Statistical return of the lunatic asylum in Assam - 1912-1932
Year: 1912
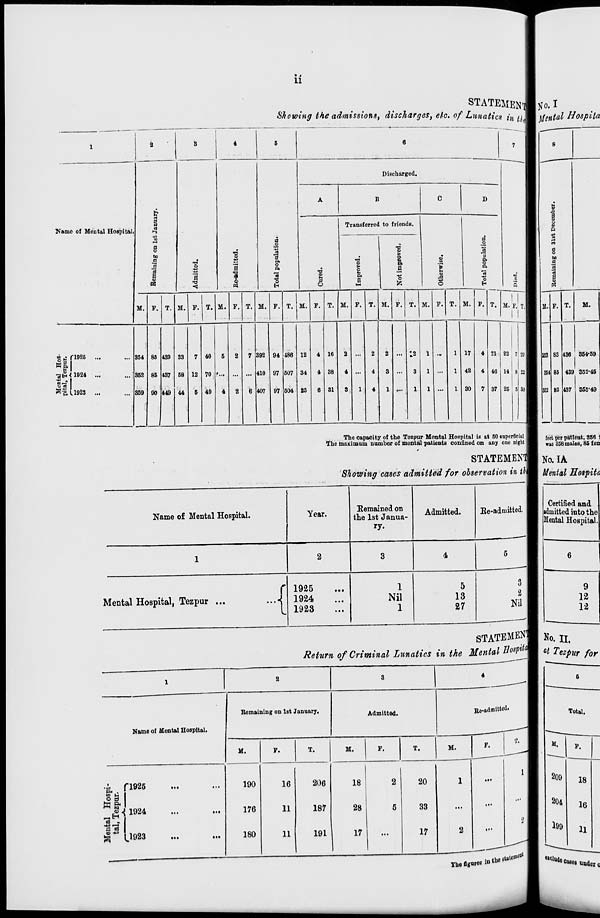
ii
STATEMENT
Showing the admissions, discharges, etc. of Lunatics fa n]
1
- — —
1
2
8
4
5
6
7
Discharged.
A
B
C
D
&
Name of Mental Hospital.
0
a
Transferred to friends.
™
g
a
a
o
_o
•o
o
to
"8
3
fi
>
03
a
•
■*>
3
p.
•a
o ■
o
s
&
a
o
p.
o
a
a
1
a
1
p.
"3
«a
o
EN
1
E
u
J3
"3
•0
M
•o
9
o
a
B
o
<
■
n
H
O
»-<
«
o
H
5
M. P. T. M. F. T. M. F. T. M. P. T. M. P. T. M. P. T. M. F. T. M. F. T. M. F. T.
1
M.'F.
1
T
» a ri925 ...
354 85 439 33
7 40 6 2 7 { 92 94 486 12 4 16 2
2
2
12 1
1 17
4 21 22 7 9m
«§.
g 1
-JH < 1924 ...
152 85 437 58 12 70
... < L10 97 607 34
4 38
4 ...
4
3 ...
3
1 ...
1 42
4 46 14 8 n
■fi . 1
§« 1
* B.L 1928 ...
359 90 449 44
5 49
4
2
6 ' 107 97 504 25
6 31
3, 1
4
1
1
1
I 30
7 37 25 5 30
The capacity of the Tozpur Mental Hospital is at 50 superficial i
The maximum number of mental patients confined on any one sight |
STATEMENT
Showing cases admitted for observation in tH
Name of Mental Hospital.
Year.
2
Remained on
the 1st Janua-
ry.
Admitted.
Ee-admitted.
3
Mental Hospital, Tezpur ...
i
1925
1924
1923
1
Nil
1
5
13
27
3
8
Nil
STATEMENJ
Return of Criminal Lunatics in the Mental BospW
Name of Mental Hospital.
Remaining on 1st January.
Admitted.
He-admitted.
M.
S3
ft &
« .
•« r—«
a e)
ri025
^ 1924
» U923
190
176
180
F.
T.
M.
F.
T.
M.
F.
16
11
11
206
187
191
18
28
17
20
33
17
2
Itfo. I
gental Hospita
8
£•
a
8
a
5
4»
H
CO
(3
O
M
a
3
a
a
8
353
351
M.
436 384-59
439 352-45
437 355-49
feet per patient, 356 1
was 358 males, 8S fen
No.IA
Mental Hospita
Certified and
admitted into the
Mental Hospital.
9
12
12
No. II.
a t Tezpur for
Total.
M.
F.
209
18
204
16
189
11
The figure, in ib.*""
1 «*Hcase, Under .